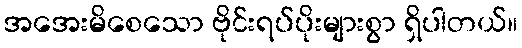
အအေးမိစေသော ဗိုင်းရပ်ပိုးများစွာ ရှိပါတယ်။